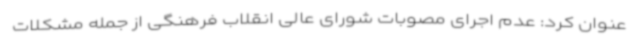
عنوان کرد: عدم اجرای مصوبات شورای عالی انقلاب فرهنگی از جمله مشکلات